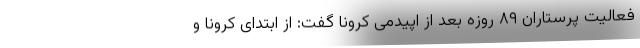
فعالیت پرستاران ۸۹ روزه بعد از اپیدمی کرونا گفت: از ابتدای کرونا و